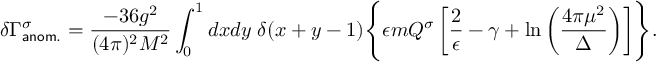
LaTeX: \delta \Gamma _ { \sf { a n o m . } } ^ { \sigma } = \frac { - 3 6 g ^ { 2 } } { ( 4 \pi ) ^ { 2 } M ^ { 2 } } \int _ { 0 } ^ { 1 } d x d y \; \delta ( x + y - 1 ) \Biggl \{ \epsilon m Q ^ { \sigma } \left[ \frac { 2 } { \epsilon } - \gamma + \ln \left( \frac { 4 \pi \mu ^ { 2 } } { \Delta } \right) \right] \Biggr \} .